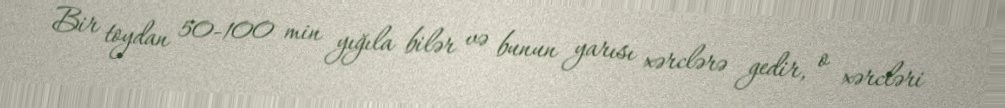
Bir toydan 50-100 min yığıla bilər və bunun yarısı xərclərə gedir, o xərcləri